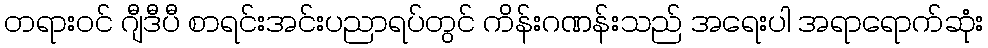
တရားဝင် ဂျီဒီပီ စာရင်းအင်းပညာရပ်တွင် ကိန်းဂဏန်းသည် အရေးပါ အရာရောက်ဆုံး